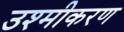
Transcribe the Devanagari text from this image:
उश्मीकरण